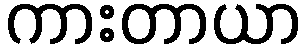
ကားတာယာ